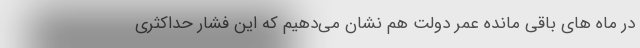
در ماه های باقی مانده عمر دولت هم نشان می‌دهیم که این فشار حداکثری